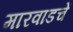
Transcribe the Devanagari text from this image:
मारवाडचें